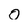
Character: O